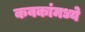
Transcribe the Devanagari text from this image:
कवकांमध्ये